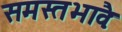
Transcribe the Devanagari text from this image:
समस्तभावैः